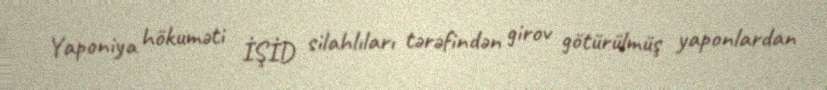
Yaponiya hökuməti İŞİD silahlıları tərəfindən girov götürülmüş yaponlardan